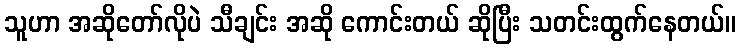
သူဟာ အဆိုတော်လိုပဲ သီချင်း အဆို ကောင်းတယ် ဆိုပြီး သတင်းထွက်နေတယ်။